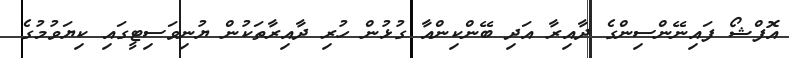
އޮފްޝޯ ފައިނޭންސިންގެ ދާއިރާ އަދި ބޭންކިންއާ ގުޅުން ހުރި ދާއިރާތަކުން ޔުނިވަސިޓީގައި ކިޔަވުމުގެ